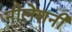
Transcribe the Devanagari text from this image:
नीलेशनी